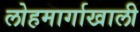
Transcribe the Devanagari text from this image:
लोहमार्गाखाली